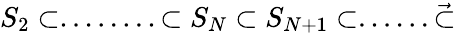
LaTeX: S_{2}\subset........\subset S_{N}\subset S_{N+1}\subset......\vec{\subset}